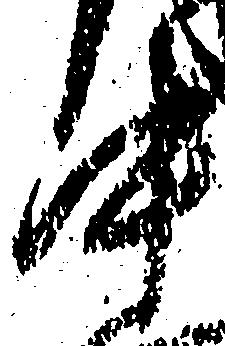
中